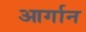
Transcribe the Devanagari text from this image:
आर्गान